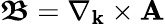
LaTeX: \boldsymbol{\mathfrak{B}}=\nabla_{\mathbf{k}}\times\mathbf{A}